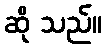
ဆို သည်။